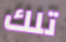
تلك